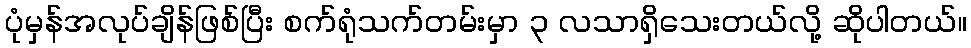
ပုံမှန်အလုပ်ချိန်ဖြစ်ပြီး စက်ရုံသက်တမ်းမှာ ၃ လသာရှိသေးတယ်လို့ ဆိုပါတယ်။